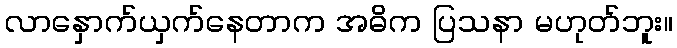
လာနှောက်ယှက်နေတာက အဓိက ပြသနာ မဟုတ်ဘူး။